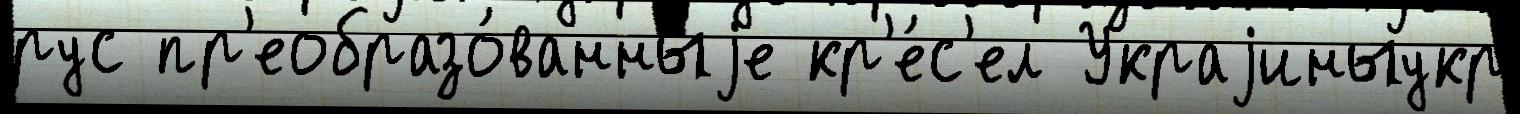
рус пр'еобразо́ванныjе кр'е́с'ел Украjиныукр